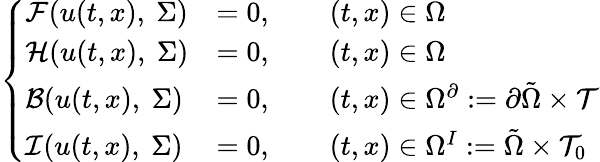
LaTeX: \left\{ \begin{array}{ll}{\mathcal{F}(u(t,x),\ \Sigma)}&{=0,\qquad(t,x)\in\Omega}\\ {\mathcal{H}(u(t,x),\ \Sigma)}&{=0,\qquad(t,x)\in\Omega}\\ {\mathcal{B}(u(t,x),\ \Sigma)}&{=0,\qquad(t,x)\in\Omega^{\partial}:=\partial\tilde{\Omega}\times\mathcal{T}}\\ {\mathcal{I}(u(t,x),\ \Sigma)}&{=0,\qquad(t,x)\in\Omega^{I}:=\tilde{\Omega}\times\mathcal{T}_{0}}\end{array}\right.